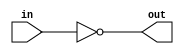
`timescale 1ns / 1ps
//////////////////////////////////////////////////////////////////////////////////
// Company: 
// Engineer: 
// 
// Design Name: 
// Module Name:    TEST 
// Project Name: 
// Target Devices: 
// Tool versions: 
// Description: 
//
// Dependencies: 
//
// Revision: 
// Revision 0.01 - File Created
// Additional Comments: 
//
//////////////////////////////////////////////////////////////////////////////////
module TEST(in,out);
input in;
output out ;


assign out = ~in;


endmodule